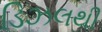
ડિઝલથી